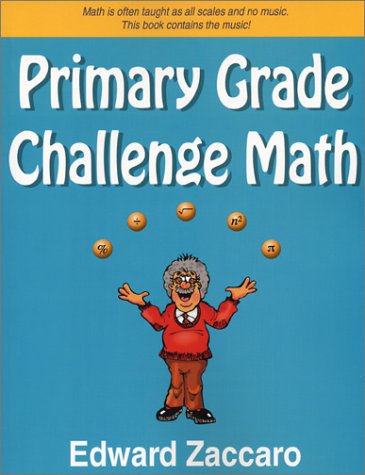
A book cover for Primary Grade Challenge Math; Edward Zaccaro; Science & Math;